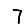
Digit: 7